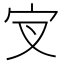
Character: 𰌵